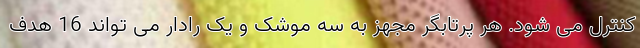
کنترل می شود. هر پرتابگر مجهز به سه موشک و یک رادار می تواند 16 هدف